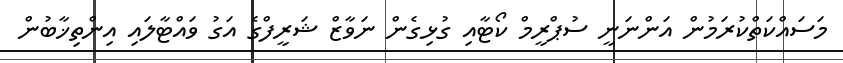
މަސައްކަތްކުރަމުން އަންނަނީ ސުޕްރީމް ކޯޓާއި ގުޅިގެން ނަވާޒް ޝަރީފްގެ އަގު ވައްޓާލައި އިންތިޚާބުން